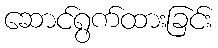
ဆောင်ရွက်ထားခြင်း